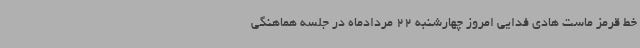
خط قرمز ماست هادی فدایی امروز چهارشنبه 22 مردادماه در جلسه هماهنگی